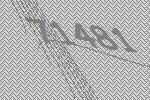
71481